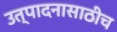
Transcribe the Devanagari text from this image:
उत्पादनासाठीच